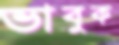
ভাবুক